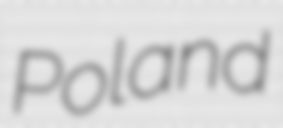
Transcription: Poland